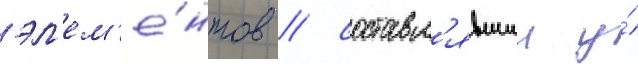
эл'ем'е́нтов / составл'явшии у́